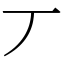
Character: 丆